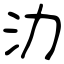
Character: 氻